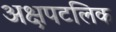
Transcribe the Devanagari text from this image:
अक्षपटलिक